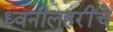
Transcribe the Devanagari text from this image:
ध्वनीलहरींचे